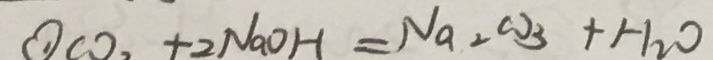
\textcircled { 1 } C O _ { 2 } + 2 N a O H = N a _ { 2 } C O _ { 3 } + H _ { 2 } O